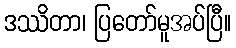
ဒဿိတာ၊ ပြတော်မူအပ်ပြီ။